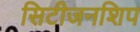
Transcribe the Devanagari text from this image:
सिटीजनशिप